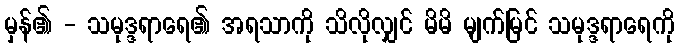
မှန်၏ - သမုဒ္ဒရာရေ၏ အရသာကို သိလိုလျှင် မိမိ မျက်မြင် သမုဒ္ဒရာရေကို